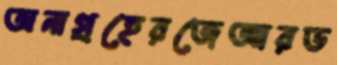
অনাগ্রহেরজেআরড